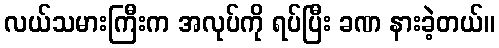
လယ်သမားကြီးက အလုပ်ကို ရပ်ပြီး ခဏ နားခဲ့တယ်။